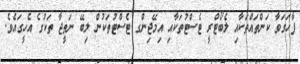
ފާހަގަވާ ކަންތައްތަކާއި ލެބޯޓްރީ ޓެސްޓުތަކާއި އިމޭޖިންގ ޓެސްޓުތަކުން ލިބޭ ނަތީޖާ ތަކުގެ އެހީގައެވެ.